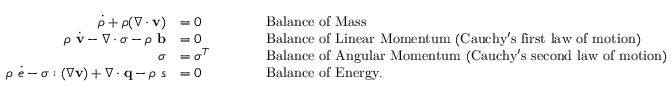
{ \begin{array} { r l r l } { { \dot { \rho } } + \rho ( { \boldsymbol { \nabla } } \cdot \mathbf { v } ) } & { = 0 } & & { \qquad { \mathrm { B a l a n c e ~ o f ~ M a s s } } } \\ { \rho ~ { \dot { \mathbf { v } } } - { \boldsymbol { \nabla } } \cdot { \boldsymbol { \sigma } } - \rho ~ \mathbf { b } } & { = 0 } & & { \qquad { \mathrm { B a l a n c e ~ o f ~ L i n e a r ~ M o m e n t u m ~ ( C a u c h y ' s ~ f i r s t ~ l a w ~ o f ~ m o t i o n ) } } } \\ { { \boldsymbol { \sigma } } } & { = { \boldsymbol { \sigma } } ^ { T } } & & { \qquad { \mathrm { B a l a n c e ~ o f ~ A n g u l a r ~ M o m e n t u m ~ ( C a u c h y ' s ~ s e c o n d ~ l a w ~ o f ~ m o t i o n ) } } } \\ { \rho ~ { \dot { e } } - { \boldsymbol { \sigma } } : ( { \boldsymbol { \nabla } } \mathbf { v } ) + { \boldsymbol { \nabla } } \cdot \mathbf { q } - \rho ~ s } & { = 0 } & & { \qquad { \mathrm { B a l a n c e ~ o f ~ E n e r g y . } } } \end{array} }